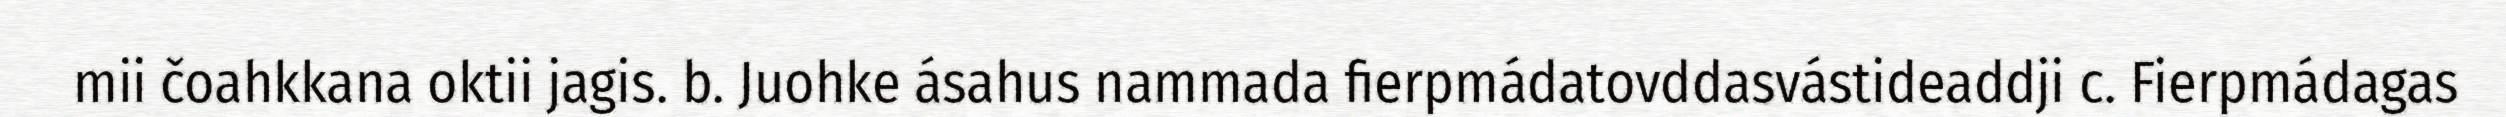
mii čoahkkana oktii jagis. b. Juohke ásahus nammada fierpmádatovddasvástideaddji c. Fierpmádagas